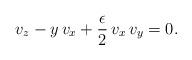
LaTeX: \begin{align*}v_z-y\,v_x+\frac{\epsilon}{2}\,v_x\,v_y=0.\end{align*}